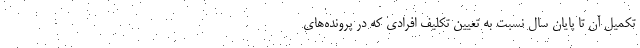
تکمیل آن تا پایان سال نسبت به تعیین تکلیف افرادی که در پرونده‌های